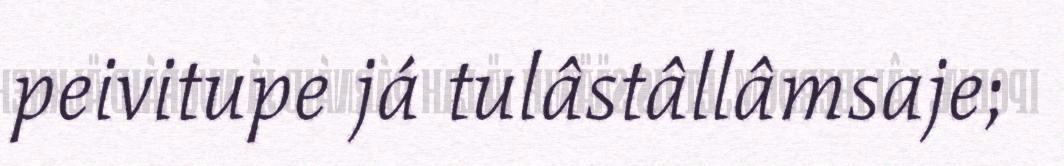
peivitupe já tulâstâllâmsaje;